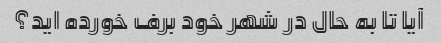
آیا تا به حال در شهر خود برف خورده اید؟